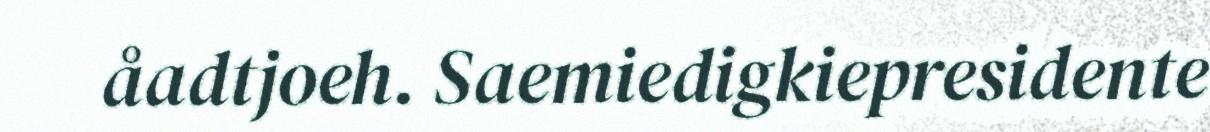
åadtjoeh. Saemiedigkiepresidente